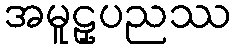
အမူဠှပညဿ